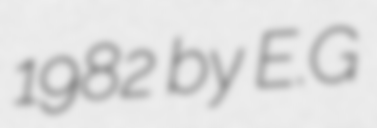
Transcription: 1982 by E.G